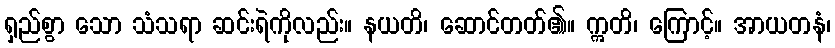
ရှည်စွာ သော သံသရာ ဆင်းရဲကိုလည်း။ နယတိ၊ ဆောင်တတ်၏။ ဣတိ၊ ကြောင့်။ အာယတနံ၊